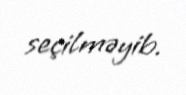
seçilməyib.